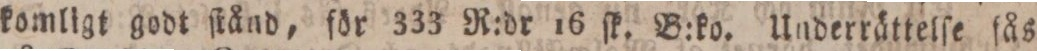
komligt godt ſtånd, för 333 R:dr 16 ſk. B:ko. Underrättelſe fås